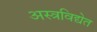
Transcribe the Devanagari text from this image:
अस्त्रविद्येत